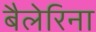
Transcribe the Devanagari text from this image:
बैलेरिना